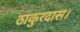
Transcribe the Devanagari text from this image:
ठाकुरदास।